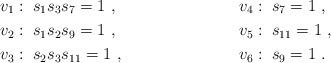
LaTeX: \begin{align*} v_1&:\; s_1s_3s_7=1~,~~ & v_4&:\; s_7=1\ , \\ v_2&:\; s_1s_2s_9=1~,~~ & v_5&:\; s_{11}=1 \ , \\ v_3&:\; s_2s_3s_{11}=1~,~~ & v_6&:\; s_{9}=1 \ . \end{align*}